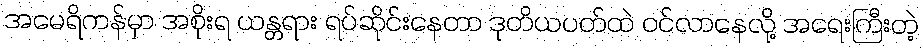
အမေရိကန်မှာ အစိုးရ ယန္တရား ရပ်ဆိုင်းနေတာ ဒုတိယပတ်ထဲ ဝင်လာနေလို့ အရေးကြီးတဲ့